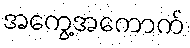
အကွေ့အကောက်